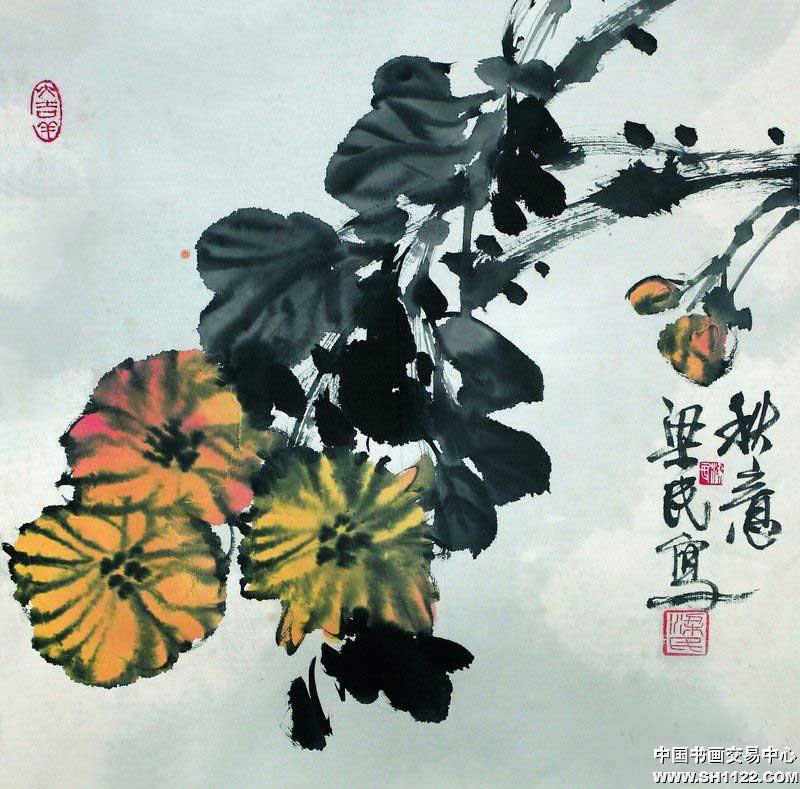
泥落画梁空，梦想青春语。